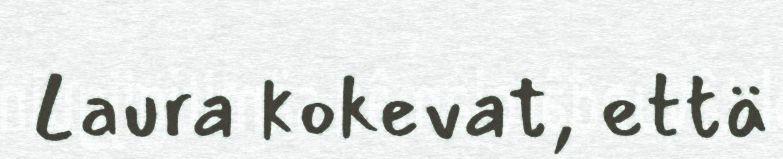
Laura kokevat, että